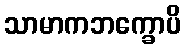
သာမာကဘက္ခောပိ